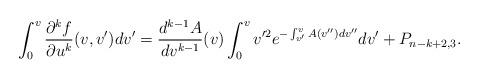
\begin{align*} \int_0^v\frac{\partial^kf}{\partial u^k}(v,v')dv'=\frac{d^{k-1}A}{dv^{k-1}}(v)\int_0^vv'^2e^{-\int_{v'}^vA(v'')dv''}dv'+P_{n-k+2,3}.\end{align*}